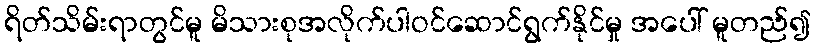
ရိတ်သိမ်းရာတွင်မူ မိသားစုအလိုက်ပါဝင်ဆောင်ရွက်နိုင်မှု အပေါ် မူတည်၍